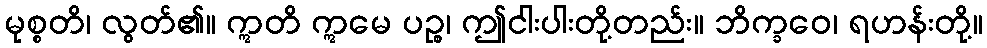
မုစ္စတိ၊ လွတ်၏။ ဣတိ ဣမေ ပဉ္စ၊ ဤငါးပါးတို့တည်း။ ဘိက္ခဝေ၊ ရဟန်းတို့။